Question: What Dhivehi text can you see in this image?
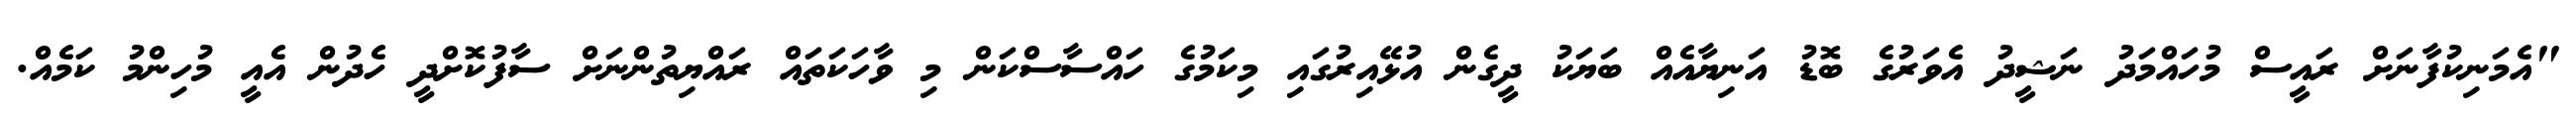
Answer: "އެމަނިކުފާނަށް ރައީސް މުހައްމަދު ނަޝީދު އެވަރުގެ ބޮޑު އަނިޔާއެއް ބަޔަކު ދީގެން އުޅޭއިރުގައި މިކަމުގެ ހައްސާސްކަން މި ވާހަކަތައް ރައްޔިތުންނަށް ސާފުކޮށްދީ ހެދުން އެއީ މުހިންމު ކަމެއް.